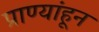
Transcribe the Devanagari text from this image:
प्राण्यांहून